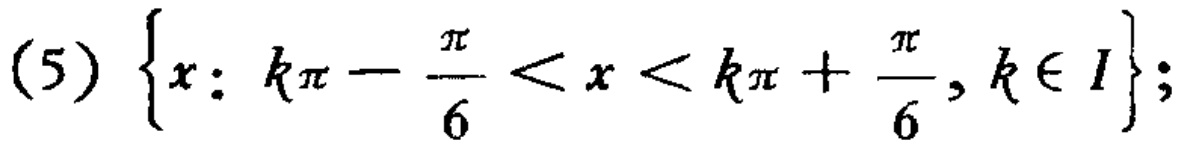
(5) \(\left\{x: k\pi - \frac{\pi}{6} < x < k\pi + \frac{\pi}{6}, k\in I\right\}\);